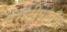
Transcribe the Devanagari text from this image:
मराठीपणाचा